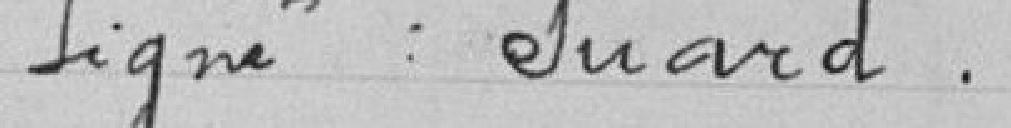
Signé : SUARD